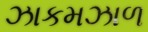
ઝાકમઝાળ